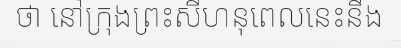
ថា នៅក្រុងព្រះសីហនុពេលនេះនឹង